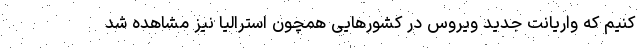
کنیم که واریانت جدید ویروس در کشورهایی همچون استرالیا نیز مشاهده شد